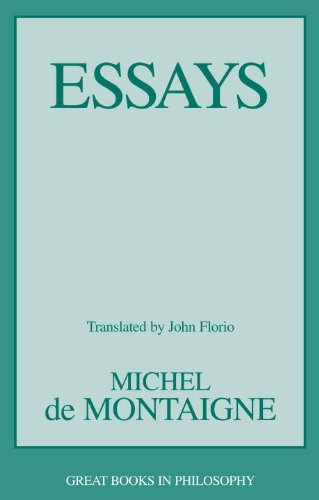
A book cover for Essays (Great Books in Philosophy); Michel de Montaigne; Politics & Social Sciences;